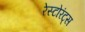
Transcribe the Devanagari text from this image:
रेस्टोरंट्स